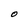
Character: O